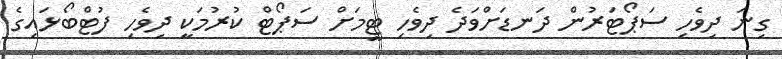
ގިނަ ދިވެހި ސަޕޯޓަރުން ދަނޑަށްވަދެ ދިވެހި ޓީމަށް ސަޕޯޓް ކުރުމަކީ ދިވެހި ފުޓްބޯޅައިގެ